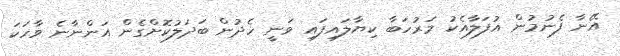
އޭނާ ފެނުމުން އުފަލާއެކު މަރުހަބާ ކިޔާލައިފައި ވަނީ ހެދުން ބަދަލުކޮށްގެން އަންނާނެ ވާހަކަ